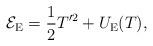
LaTeX: \begin{align*}{\cal E}_{{\rm E}}=\frac{1}{2}T'^{2}+U_{{\rm E}}(T),\end{align*}